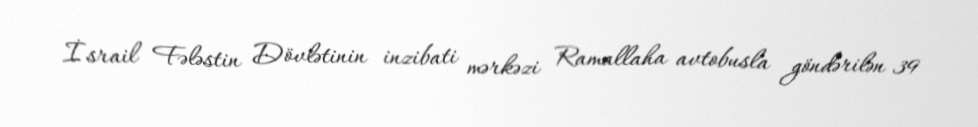
İsrail Fələstin Dövlətinin inzibati mərkəzi Ramallaha avtobusla göndərilən 39